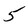
Character: 5